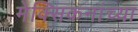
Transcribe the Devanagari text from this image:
मेक्सिकनांच्या